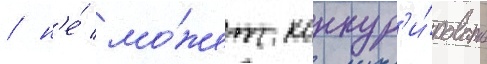
/ н'е́ мо́жет конкур'и́ровать